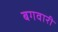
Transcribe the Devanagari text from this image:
बगवारी